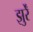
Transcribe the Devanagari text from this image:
झुर्रें